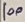
Text: 100